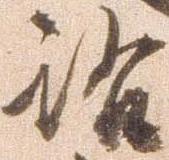
洛